Civil Veterinary Department Bengal reports 1923-33 - 1923-1933
Year: 1923
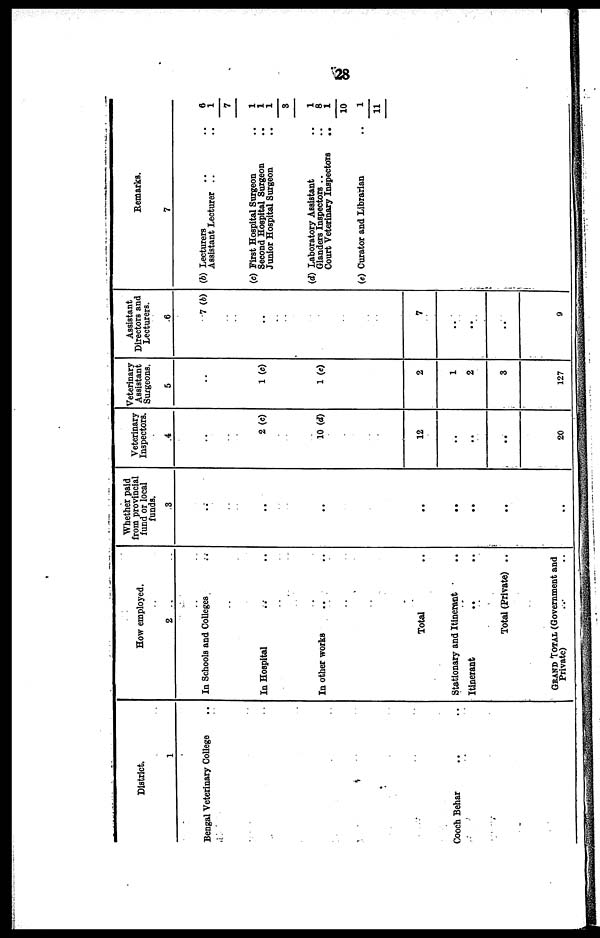
28
District.
1
Bengal Veterinary College ..
Cooch Behar .. ..
How employed.
2
In Schools and Colleges ..
In Hospital .. ..
In other works
Total ..
Stationary and Itinerant ..
Itinerant .. ..
Total (Private) ..
GRAND TOTAL (Government and
Private) .. ..
Whether paid
from provincial
fund or local
funds.
3
..
..
..
..
..
..
..
..
Veterinary
Inspectors.
4
..
2 (c)
10 (d)
12
..
..
..
20
Veterinary
Assistant
Surgeons.
5
..
1 (c)
1 (e)
2
1
2
3
127
Assistant
Directors and
Lecturers.
6
7 (b)
..
..
7
..
..
9
Remarks.
7
(b) Lecturers
..
..
6
Assistant Lecturer ..
..
1
7
(c) First Hospital Surgeon
..
1
Second Hospital
Surgeon
..
1
Junior Hospital Surgeon
..
1
3
(d) Laboratory Assistant
..
1
Glanders Inspectors
..
8
Court Veterinary Inspectors
..
1
10
(e) Curator and Librarian
..
1
11